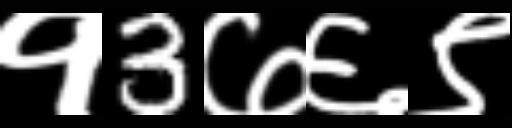
Text: १3७६९